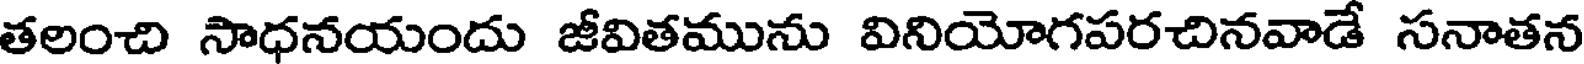
తలంచి సాధనయందు జీవితమును వినియోగపరచినవాడే సనాతన